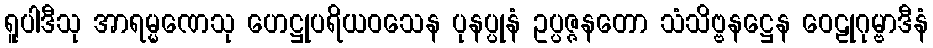
ရူပါဒီသု အာရမ္မဏေသု ဟေဋ္ဌုပရိယဝသေန ပုနပ္ပုနံ ဥပ္ပဇ္ဇနတော သံသိဗ္ဗနဋ္ဌေန ဝေဠုဂုမ္ဗာဒီနံ